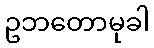
ဥဘတောမုခါ